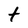
Character: t